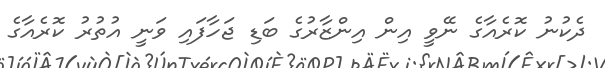
ދެކުނު ކޮރެއާގެ ނޭވީ އިން އިންޒާރުގެ ބަޑި ޖަހާފައި ވަނީ އުތުރު ކޮރެއާގެ